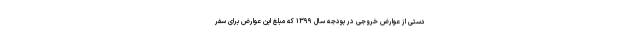
دستی از عوارض خروجی در بودجه سال‌ ۱۳۹۹ که مبلغ این عوارض برای سفر